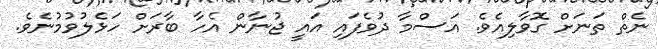
ނެތް ތަނަށް ގޮވާލިއެވެ. އަސްމާ ދުވެފައި އައީ ޖުނާން އެހާ ބާރަށް ހަޅެލުވުމުނެވެ.